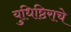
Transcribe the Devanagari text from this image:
युधिष्ठिराचे